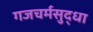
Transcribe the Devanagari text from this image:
गजचर्मसुद्धा